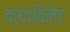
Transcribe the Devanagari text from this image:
क्याबिनेट